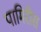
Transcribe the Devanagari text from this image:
पामिरीस